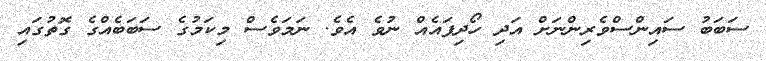
ސަބަބު ސައިންސްވެރިންނަށް އަދި ހޯދިފައެއް ނުވެ އެވެ. ނަމަވެސް މިކަމުގެ ސަބަބެއްގެ ގޮތުގައި